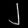
Digit: ၂